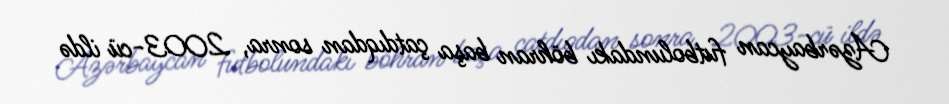
Azərbaycan futbolundakı böhran başa çatdıqdan sonra, 2003-cü ildə